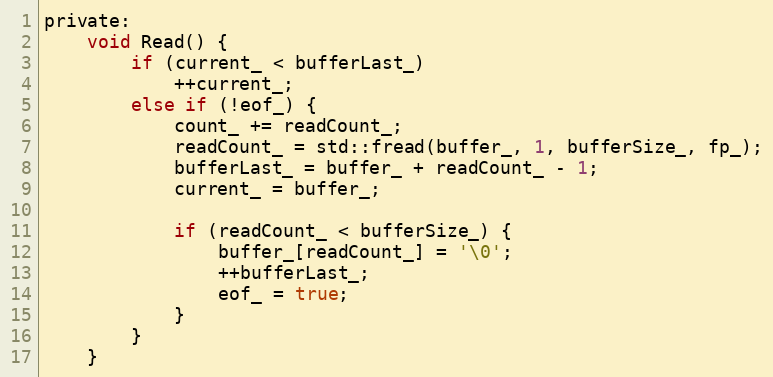
Language: C
private:
    void Read() {
        if (current_ < bufferLast_)
            ++current_;
        else if (!eof_) {
            count_ += readCount_;
            readCount_ = std::fread(buffer_, 1, bufferSize_, fp_);
            bufferLast_ = buffer_ + readCount_ - 1;
            current_ = buffer_;

            if (readCount_ < bufferSize_) {
                buffer_[readCount_] = '\0';
                ++bufferLast_;
                eof_ = true;
            }
        }
    }